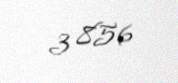
3 856